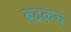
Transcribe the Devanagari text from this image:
बदकच